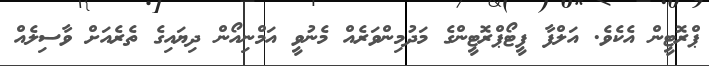
ޕްރޮޓީން އެކެވެ. އަލްފާ ފީޓޯޕްރޮޓީންގެ މަދުމިންވަރެއް މެނުވީ އަމްނިއޯން ދިޔައިގެ ތެރެއަށް ވާސިލެއް